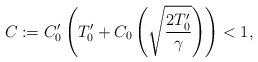
LaTeX: \begin{align*}C:=C_{0}^{\prime}\left( T_{0}^{\prime}+C_{0}\left( \sqrt{\frac{2T_{0}^{\prime}}{\gamma}}\right) \right) <1, \end{align*}